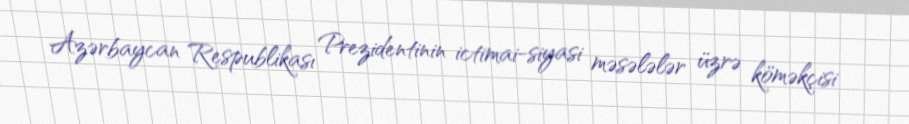
Azərbaycan Respublikası Prezidentinin ictimai-siyasi məsələlər üzrə köməkçisi